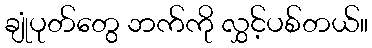
ချုံပုတ်တွေ ဘက်ကို လွှင့်ပစ်တယ်။